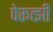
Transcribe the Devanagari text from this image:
पेरूत्झी